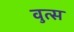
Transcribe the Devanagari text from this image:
वुत्स